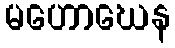
မဟောဃေန